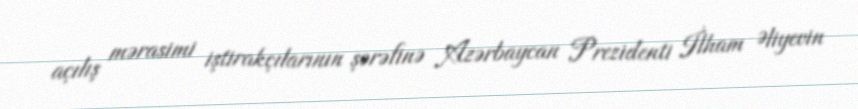
açılış mərasimi iştirakçılarının şərəfinə Azərbaycan Prezidenti İlham Əliyevin